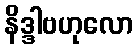
နိဒ္ဒါဗဟုလော